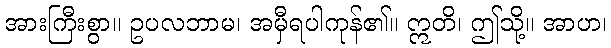
အားကြီးစွာ။ ဥပလဘာမ၊ အမှီရပါကုန်၏။ ဣတိ၊ ဤသို့။ အာဟ၊